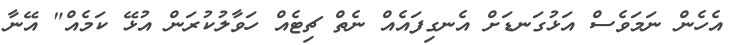
އެހެން ނަމަވެސް އަޅުގަނޑަށް އެނގިފައެއް ނެތް ޗިޓެއް ހަވާލުކުރަން އުޅޭ ކަމެއް" އޭނާ